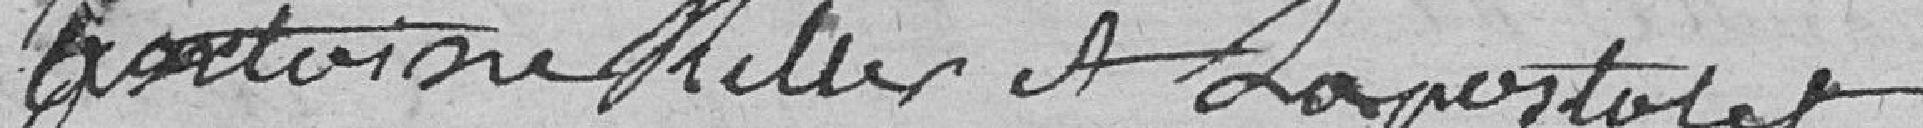
Antoine Keller et Lapostolet